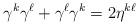
LaTeX: \begin{align*}\gamma^k\gamma^\ell+\gamma^\ell\gamma^k=2 \eta^{k\ell}\end{align*}